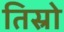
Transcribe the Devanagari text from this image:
तिस्रो